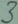
Text: 3